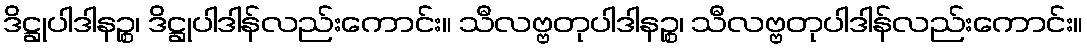
ဒိဋ္ဌုပါဒါနဉ္စ၊ ဒိဋ္ဌုပါဒါန်လည်းကောင်း။ သီလဗ္ဗတုပါဒါနဉ္စ၊ သီလဗ္ဗတုပါဒါန်လည်းကောင်း။